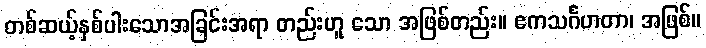
တစ်ဆယ့်နှစ်ပါးသောအခြင်းအရာ တည်းဟူ သော အဖြစ်တည်း။ ဧကသင်္ဂဟတာ၊ အဖြစ်။